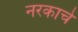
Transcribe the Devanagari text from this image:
नरकाचे